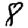
Digit: 8